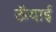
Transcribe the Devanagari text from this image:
ऊॅंचाई